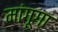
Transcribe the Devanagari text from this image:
मांगूगा